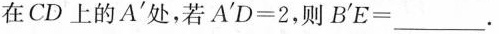
在CD上的A'处，若A'D=2，则B'E=____.